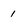
Character: 1